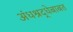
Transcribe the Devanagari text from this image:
अंधश्रद्धेबाबत